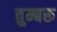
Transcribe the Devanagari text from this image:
तुम्बरू